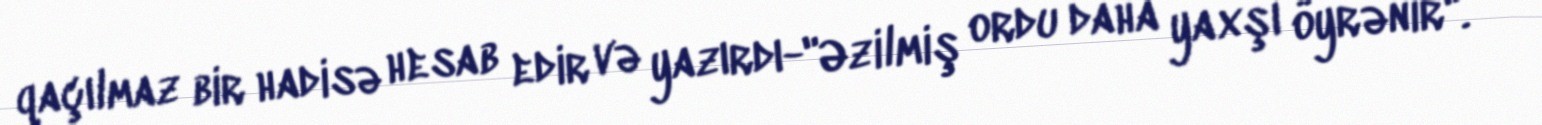
qaçılmaz bir hadisə hesab edir və yazırdı-"Əzilmiş ordu daha yaxşı öyrənir".